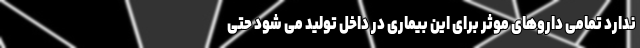
ندارد تمامی داروهای موثر برای این بیماری در داخل تولید می شود حتی